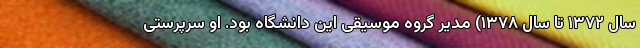
سال ۱۳۷۲ تا سال ۱۳۷۸) مدیر گروه موسیقی این دانشگاه بود. او سرپرستی